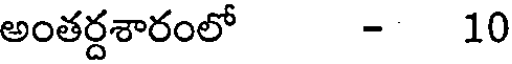
అంతర్దశారంలో - 10